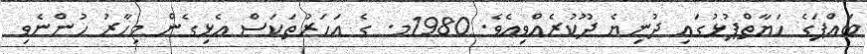
ބައްޕަގެ ހަޔާތްޕުޅުގައި ދުނިޔެ ދޫކުރެއްވިއެވެ. 1980މ. ގެ އަހަރުތަކަސް އެޅިގެން މިހާރު ހުންނެވި